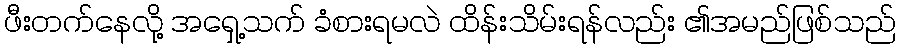
ဖီးတက်နေလို့ အရှေ့သက် ခံစားရမလဲ ထိန်းသိမ်းရန်လည်း ၏အမည်ဖြစ်သည်